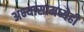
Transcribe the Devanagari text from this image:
अभ्यासामध्येही